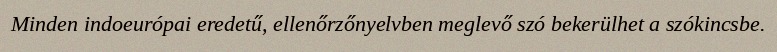
Minden indoeurópai eredetű, ellenőrzőnyelvben meglevő szó bekerülhet a szókincsbe.